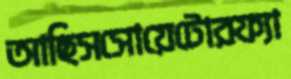
আছিসসোয়েটোরফ্যা